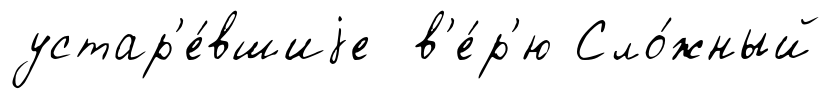
устар'е́вшиjе в'е́р'ю Сло́жный